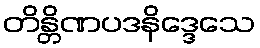
တိန္တိဏပဒနိဒ္ဒေသေ